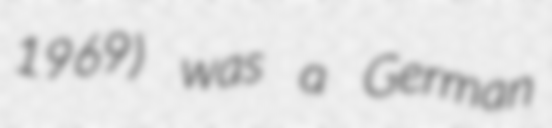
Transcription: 1969) was a German